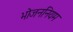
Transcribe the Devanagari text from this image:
भोजननियम